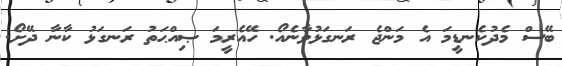
ބޭސް މެދުކެނޑީމަ އެ މަންޖެ ރަނގަޅުވާނެއޯ. ހޭއެރީމަ ޞިއްޙަތު ރަނގަޅު ކާނާ ދޭށޯ.